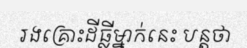
រងគ្រោះដីធ្លីម្នាក់នេះ បន្តថា